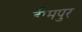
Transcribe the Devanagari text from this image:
हीमपुर